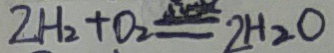
2 H _ { 2 } + O _ { 2 } = 2 H _ { 2 } O